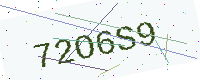
Text: 72O6S9